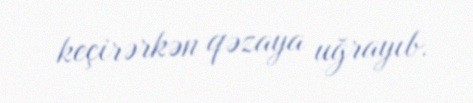
keçirərkən qəzaya uğrayıb.